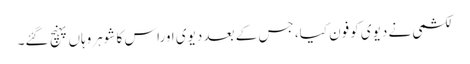
لکشمی نے دیوی کوفون کیا، جس کے بعد دیوی اوراس کا شوہروہاں پہنچ گئے۔